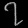
Digit: ၇